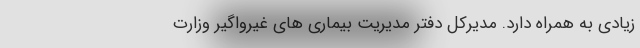
زیادی به همراه دارد. مدیرکل دفتر مدیریت بیماری های غیرواگیر وزارت